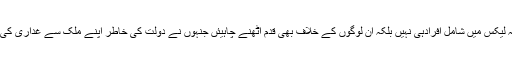
پانامہ لیکس میں شامل افرادہی نہیں بلکہ ان لوگوں کے خلاف بھی قدم اٹھنے چاہیئں جنہوں نے دولت کی خاطر اپنے ملک سے غداری کی ہے۔